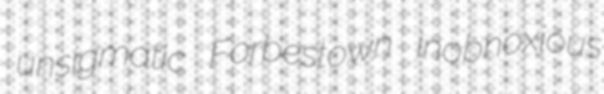
unsigmatic Forbestown inobnoxious